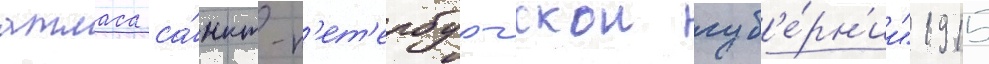
атласа са́нкт-п'ет'ербургскои губ'е́рн'ии" 1915